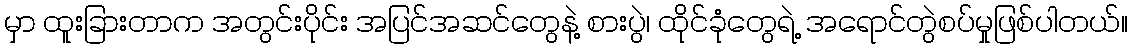
မှာ ထူးခြားတာက အတွင်းပိုင်း အပြင်အဆင်တွေနဲ့ စားပွဲ၊ ထိုင်ခုံတွေရဲ့ အရောင်တွဲစပ်မှုဖြစ်ပါတယ်။